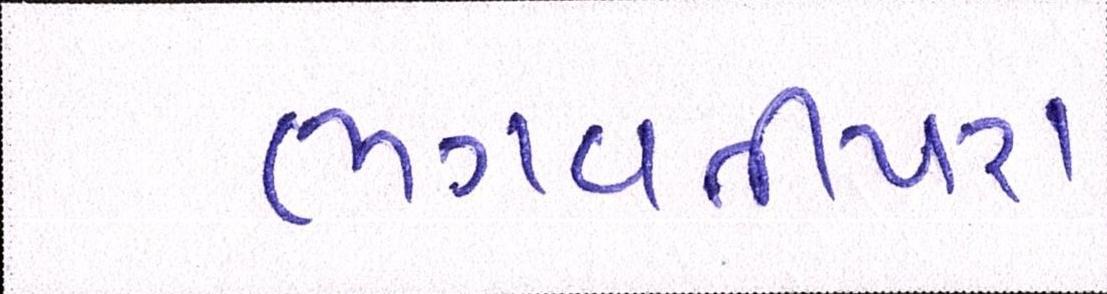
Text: ભગવતીપરા